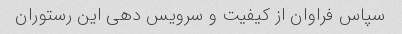
سپاس فراوان از کیفیت و سرویس دهی این رستوران